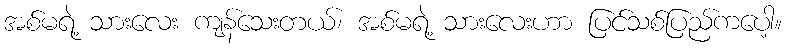
အစ်မရဲ့ သားလေး ကျန်သေးတယ်၊ အစ်မရဲ့ သားလေးဟာ ပြင်သစ်ပြည်ကပေါ့။